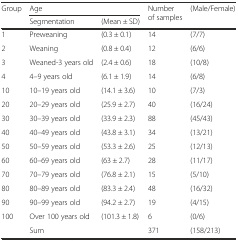
<table><thead><tr><td rowspan="2"><b>Group</b></td><td colspan="2"><b>Age</b></td><td rowspan="2"><b>Number of samples</b></td><td rowspan="2"><b>(Male/Female)</b></td></tr><tr><td><b>Segmentation</b></td><td><b>(Mean ± SD)</b></td></tr></thead><tbody><tr><td>1</td><td>Preweaning</td><td>(0.3 ± 0.1)</td><td>14</td><td>(7/7)</td></tr><tr><td>2</td><td>Weaning</td><td>(0.8 ± 0.4)</td><td>12</td><td>(6/6)</td></tr><tr><td>3</td><td>Weaned-3 years old</td><td>(2.4 ± 0.6)</td><td>18</td><td>(10/8)</td></tr><tr><td>4</td><td>4–9 years old</td><td>(6.1 ± 1.9)</td><td>14</td><td>(6/8)</td></tr><tr><td>10</td><td>10–19 years old</td><td>(14.1 ± 3.6)</td><td>10</td><td>(7/3)</td></tr><tr><td>20</td><td>20–29 years old</td><td>(25.9 ± 2.7)</td><td>40</td><td>(16/24)</td></tr><tr><td>30</td><td>30–39 years old</td><td>(33.9 ± 2.3)</td><td>88</td><td>(45/43)</td></tr><tr><td>40</td><td>40–49 years old</td><td>(43.8 ± 3.1)</td><td>34</td><td>(13/21)</td></tr><tr><td>50</td><td>50–59 years old</td><td>(53.3 ± 2.6)</td><td>25</td><td>(12/13)</td></tr><tr><td>60</td><td>60–69 years old</td><td>(63 ± 2.7)</td><td>28</td><td>(11/17)</td></tr><tr><td>70</td><td>70–79 years old</td><td>(76.8 ± 2.1)</td><td>15</td><td>(5/10)</td></tr><tr><td>80</td><td>80–89 years old</td><td>(83.3 ± 2.4)</td><td>48</td><td>(16/32)</td></tr><tr><td>90</td><td>90–99 years old</td><td>(94.2 ± 2.7)</td><td>19</td><td>(4/15)</td></tr><tr><td>100</td><td>Over 100 years old</td><td>(101.3 ± 1.8)</td><td>6</td><td>(0/6)</td></tr><tr><td>[EMPTY_CELL]</td><td>Sum</td><td>[EMPTY_CELL]</td><td>371</td><td>(158/213)</td></tr></tbody></table>